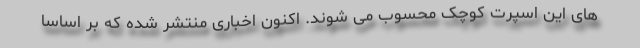
های این اسپرت کوچک محسوب می شوند. اکنون اخباری منتشر شده که بر اساسا